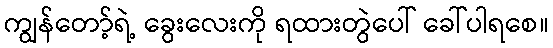
ကျွန်တော့်ရဲ့ ခွေးလေးကို ရထားတွဲပေါ် ခေါ်ပါရစေ။